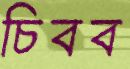
চিবব